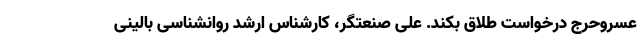
عسروحرج درخواست طلاق بکند. علی صنعتگر، کارشناس ارشد روانشناسی بالینی